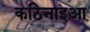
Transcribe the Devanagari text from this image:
कठिनाइआ